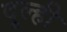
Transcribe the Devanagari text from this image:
दूल्ही